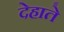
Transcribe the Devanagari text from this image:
देहाते